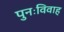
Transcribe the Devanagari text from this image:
पुनःविवाह